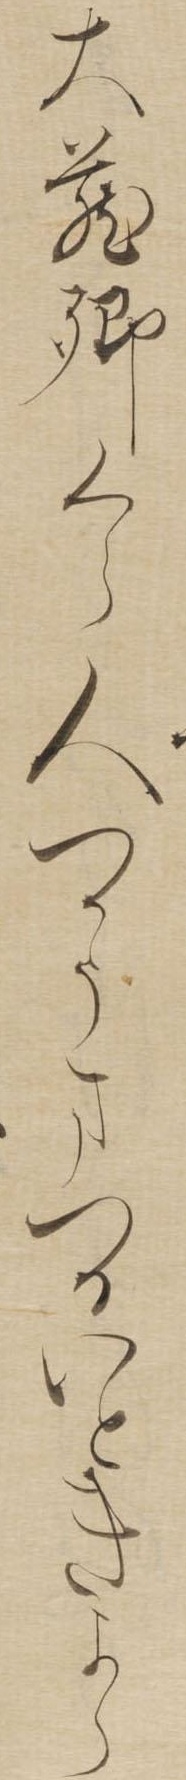
大蔵卿くら人つかうまつるいときよら